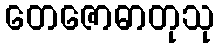
တေဇောဓာတုသု